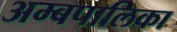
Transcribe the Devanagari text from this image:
अम्बपालिका